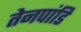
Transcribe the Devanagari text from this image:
तेनपांडि